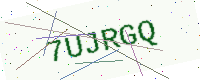
Text: 7UJRGQ